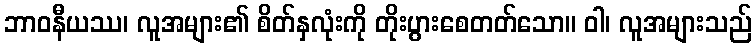
ဘာဝနီယဿ၊ လူအများ၏ စိတ်နှလုံးကို တိုးပွားစေတတ်သော။ ဝါ၊ လူအများသည်